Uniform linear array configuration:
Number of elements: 64
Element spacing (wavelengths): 0.75
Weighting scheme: hamming
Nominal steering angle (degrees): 0
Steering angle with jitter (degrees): -1.847
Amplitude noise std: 0.05
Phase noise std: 0.05

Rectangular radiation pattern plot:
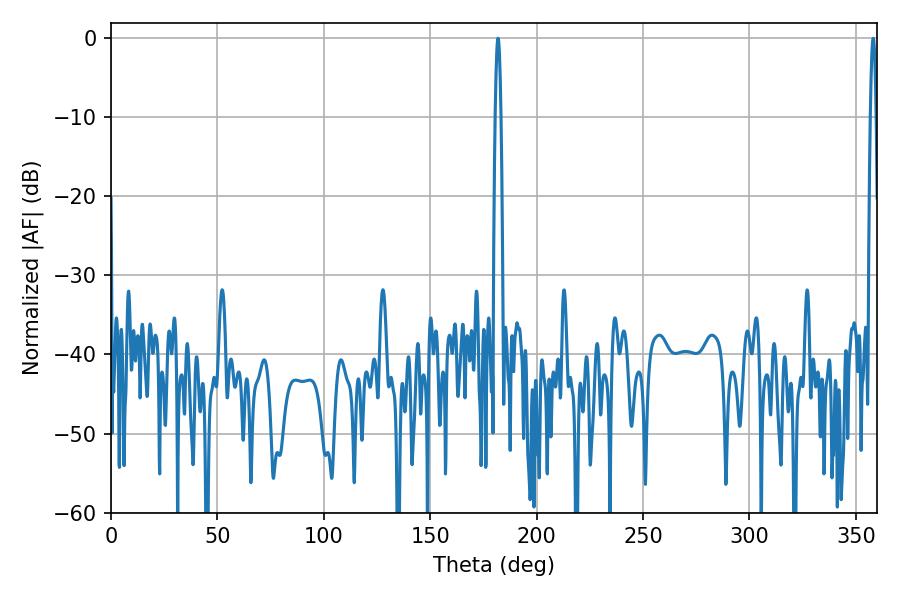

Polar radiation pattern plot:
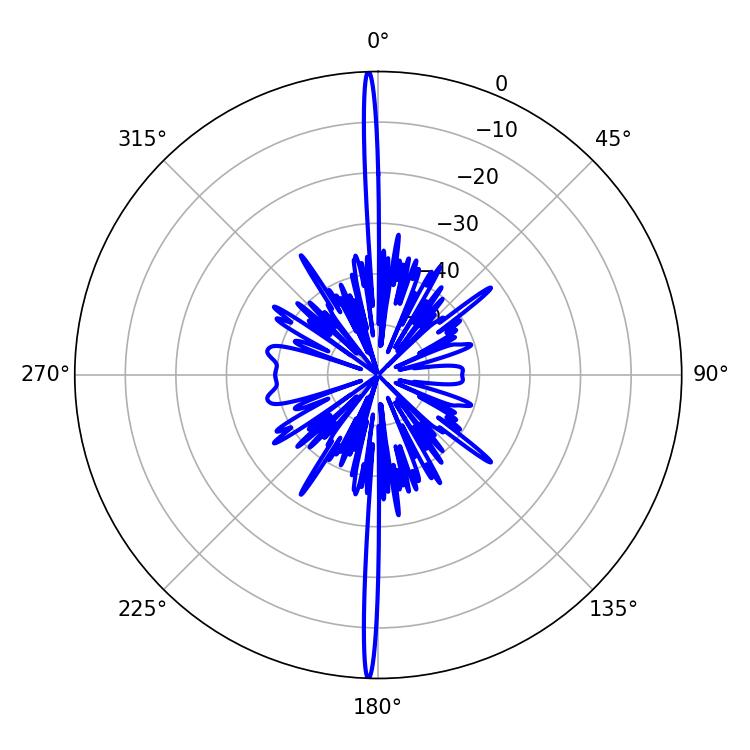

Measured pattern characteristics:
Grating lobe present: TRUE
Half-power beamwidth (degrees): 1.44
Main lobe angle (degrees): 181.8